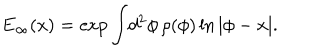
LaTeX: E _ { \infty } ( x ) = \exp \int \! d ^ { 2 } \phi \, \rho ( \phi ) \ln | \phi - x | .